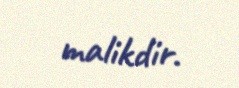
malikdir.